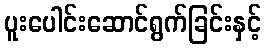
ပူးပေါင်းဆောင်ရွက်ခြင်းနှင့်